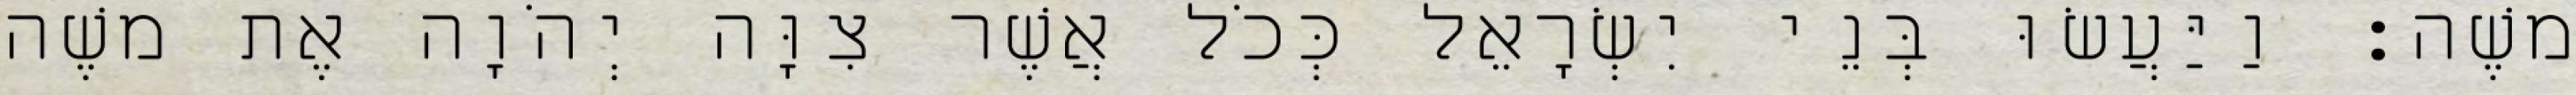
משֶׁה׃ וַיַּעֲשׂוּ בְּנֵי יִשְׂרָאֵל כְּכֹל אֲשֶׁר צִוָּה יְהֹוָה אֶת משֶׁה